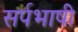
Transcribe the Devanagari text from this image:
सर्पभाषी